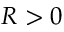
R > 0